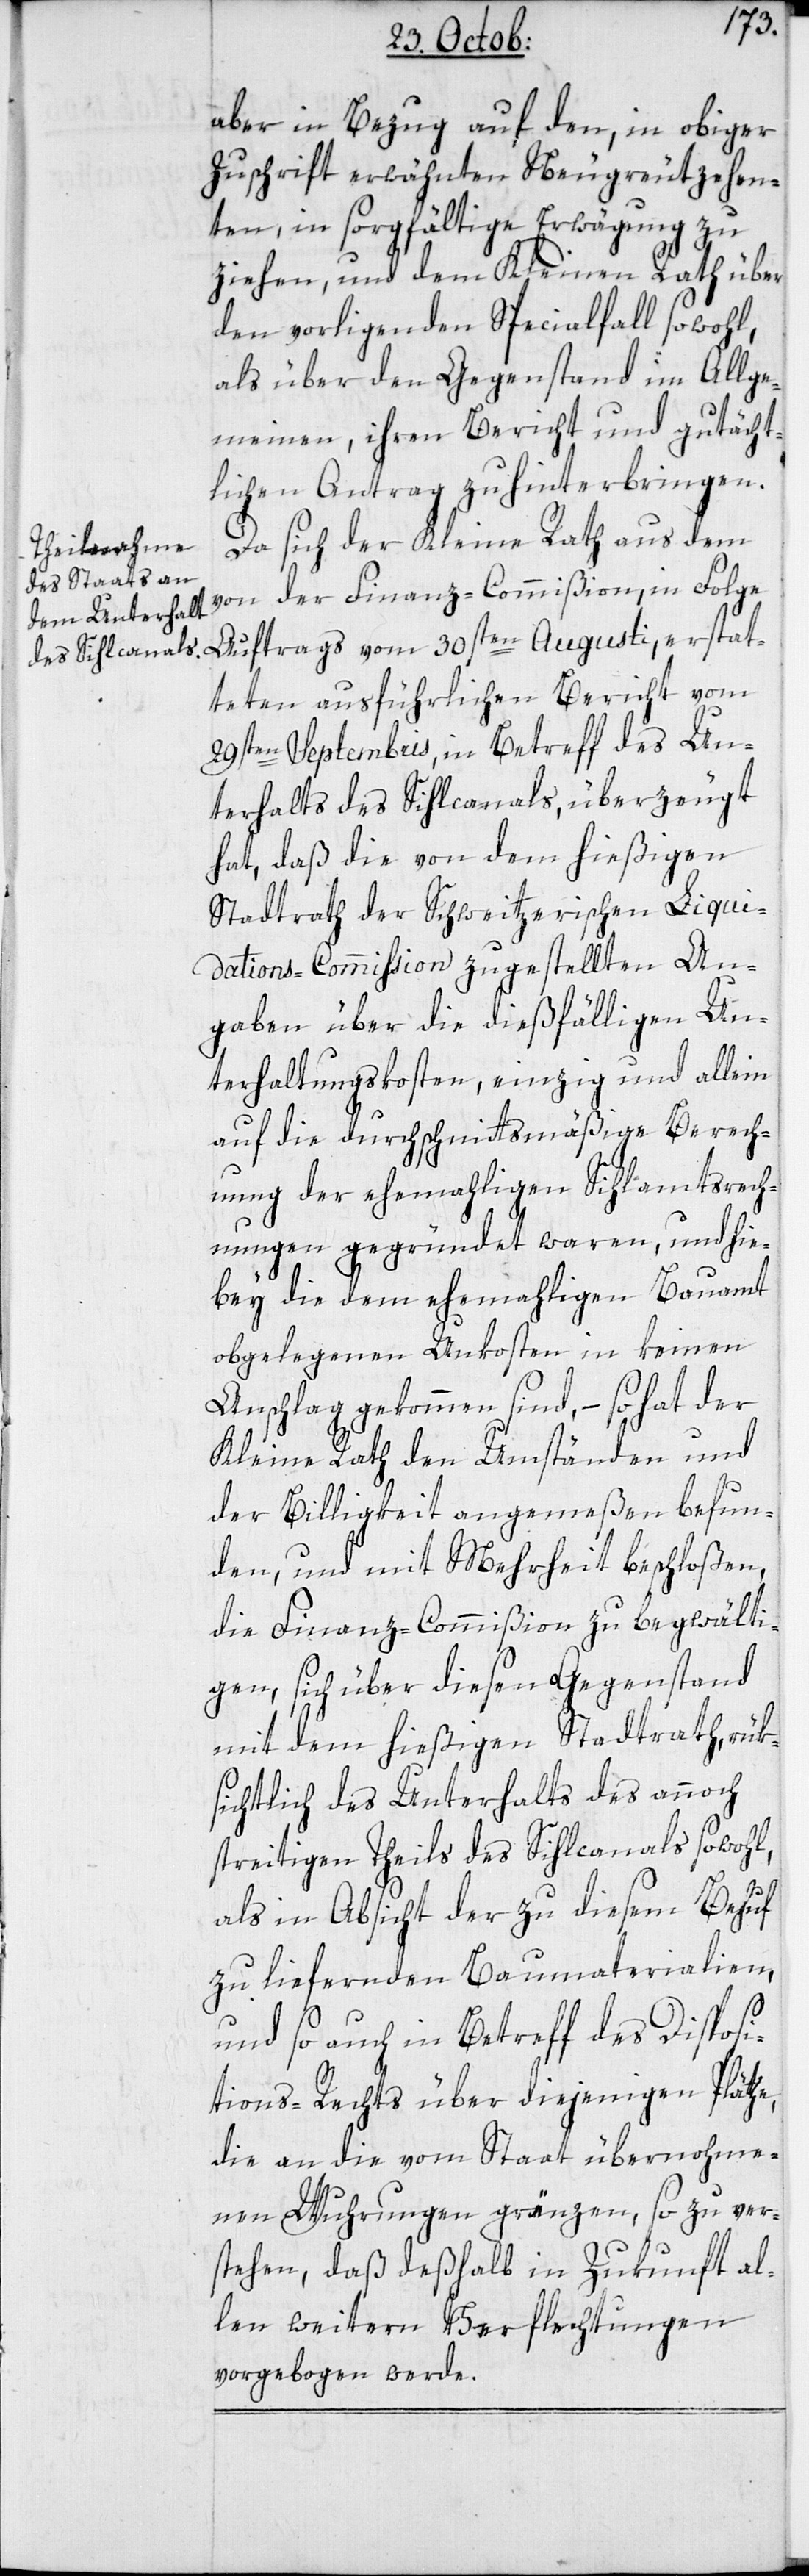
aber in Bezug auf den, in obiger
Zuschrift erwähnten Neugreutzehen¬
ten, in sorgfältige Erwägung zu
ziehen, und dem Kleinen Rath über
den vorliegenden Specialfall sowohl,
als über den Gegenstand im Allge¬
meinen, ihren Bericht und gutächt¬
lichen Antrag zu hinterbringen.
Da sich der Kleine Rath aus dem
von der Finanz-Commißion in Folge
Auftrags vom 30sten Augusti erstat¬
teten ausführlichen Bericht vom
29sten Septembris, in Betreff des Un¬
terhalts des Sihlcanals, überzeugt
hat, daß die von dem hießigen
Stadtrath der schweizerischen Liqui¬
dations-Commißion zugestellten An¬
gaben über die dießfälligen Un¬
terhaltungskosten, einzig und allein
auf die durchschnittsmäßige Berech¬
nung der ehemahligen Sihlamtsrech¬
nungen gegründet waren, und hie¬
bey die dem ehemahligen Bauamt
obgelegenen Unkosten in keinen
Anschlag gekommen sind, – so hat der
Kleine Rath den Umständen und
der Billigkeit angemeßen befun¬
den, und mit Mehrheit beschloßen,
die Finanz-Commißion zu begwälti¬
gen, sich über diesen Gegenstand
mit dem hießigen Stadtrath, rük¬
sichtlich des Unterhalts des annoch
streitigen Theils des Sihlcanals sowohl,
als in Absicht der zu diesem Behuf
zu liefernden Baumaterialien,
und so auch in Betreff des Disposi¬
tions-Rechts über diejenigen Plätze,
die an die vom Staat übernohme¬
nen Wuhrungen gränzen, so zu ver¬
stehen, daß deßhalb in Zukunft al¬
len weitern Verflechtungen
vorgebogen werde.